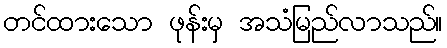
တင်ထားသော ဖုန်းမှ အသံမြည်လာသည်။